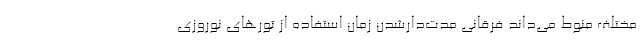
مختلف منوط می‌داند فرقانی مدت‌دارشدن زمان استفاده از‌ تورهای نوروزی